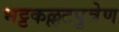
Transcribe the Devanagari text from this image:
भट्टकल्लटपुत्रेण